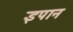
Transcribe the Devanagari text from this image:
इपान